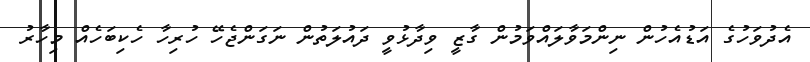
އެދުވަހުގެ އަޑުއެހުން ނިންމަވާލައްވަމުން ގާޒީ ވިދާޅުވީ ދައުލަތުން ނަގަންޖެހޭ ހުރިހާ ހެކިބަހެއް މިހާރު